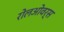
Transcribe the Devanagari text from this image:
रोलओवर्स